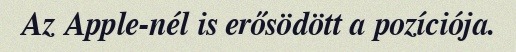
Az Apple-nél is erősödött a pozíciója.